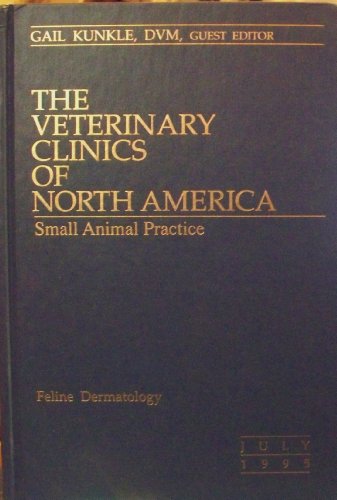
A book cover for The Veterinary Clinics of North America (Feline Dermatology) (25); Gail Kunkle; Medical Books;